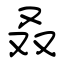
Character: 叒